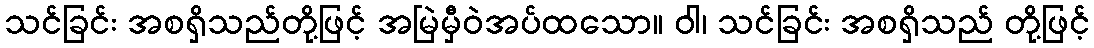
သင်ခြင်း အစရှိသည်တို့ဖြင့် အမြဲမှီဝဲအပ်ထသော။ ဝါ၊ သင်ခြင်း အစရှိသည် တို့ဖြင့်